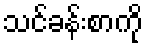
သင်ခန်းစာကို